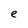
Character: e